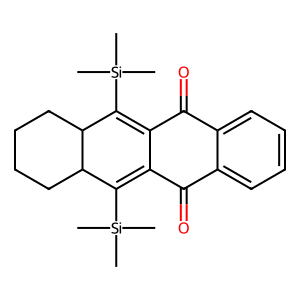
SMILES: C[Si](C)(C)C1=C2C(=O)c3ccccc3C(=O)C2=C([Si](C)(C)C)C2CCCCC12
Inhibits HIV replication: No